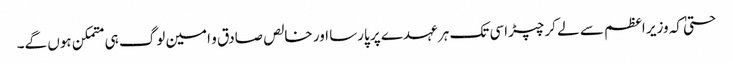
حتیٰ کہ وزیر اعظم سے لے کر چپڑاسی تک ہر عہدے پر پارسا اور خالص صادق و امین لوگ ہی متمکن ہوں گے۔